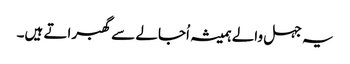
یہ جہل والے ہمیشہ اُجالے سے گھبراتے ہیں۔